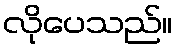
လိုပေသည်။